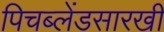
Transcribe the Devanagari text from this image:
पिचब्लेंडसारखी